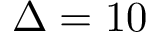
\Delta = 1 0